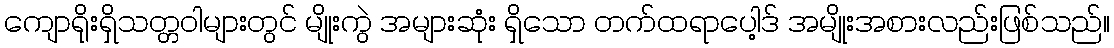
ကျောရိုးရှိသတ္တဝါများတွင် မျိုးကွဲ အများဆုံး ရှိသော တက်ထရာပေါ့ဒ် အမျိုးအစားလည်းဖြစ်သည်။